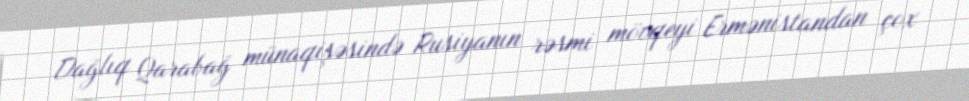
Dağlıq Qarabağ münaqişəsində Rusiyanın rəsmi mövqeyi Ermənistandan çox